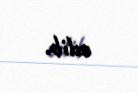
edib.